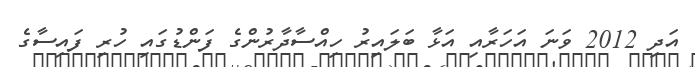
އަދި 2012 ވަނަ އަހަރާއި އަޅާ ބަލައިރު ހިއްސާދާރުންގެ ފަންޑުގައި ހުރި ފައިސާގެ